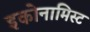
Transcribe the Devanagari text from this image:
इकोनामिस्ट